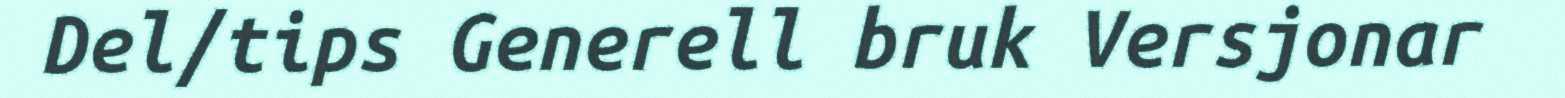
Del/tips Generell bruk Versjonar